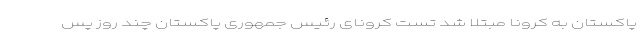
پاکستان به کرونا مبتلا شد تست کرونای رئیس جمهوری پاکستان چند روز پس